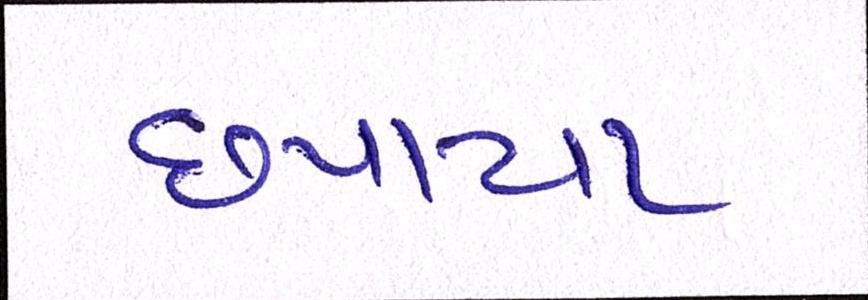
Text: છપાયા